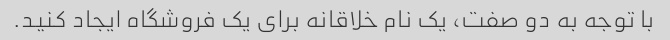
با توجه به دو صفت، یک نام خلاقانه برای یک فروشگاه ایجاد کنید.